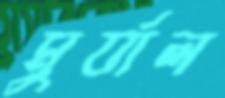
মুর্যাল